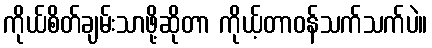
ကိုယ်စိတ်ချမ်းသာဖို့ဆိုတာ ကိုယ့်တာဝန်သက်သက်ပဲ။